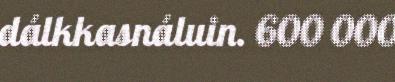
dálkkasnáluin. 600 000